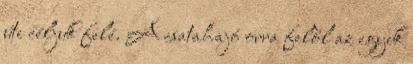
úti céljuk felé. A csatahajó orra felől az egyik